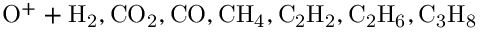
\mathrm { O ^ { + } + H _ { 2 } , C O _ { 2 } , C O , C H _ { 4 } , C _ { 2 } H _ { 2 } , C _ { 2 } H _ { 6 } , C _ { 3 } H _ { 8 } }